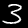
Digit: 3